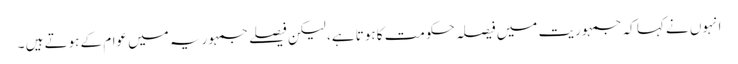
انہوں نے کہا کہ جمہوریت میں فیصلہ حکومت کا ہوتا ہے، لیکن فیصلے جمہوریہ میں عوام کے ہوتے ہیں ۔